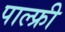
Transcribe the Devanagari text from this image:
पाल्फ्री